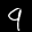
Label: 9